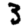
Digit: 3